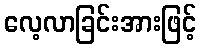
လေ့လာခြင်းအားဖြင့်